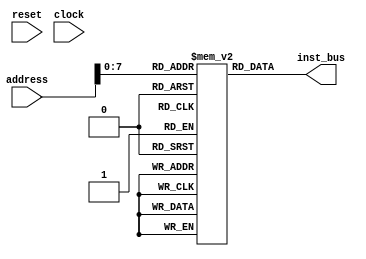
module inst_memory(inst_bus,address,reset,clock);
parameter memory_size=140;
output [31:0] inst_bus;
input [15:0]address;
input reset,clock;

reg [31:0] mem[memory_size-1:0];//declaring memory location,each 32 bits

assign   inst_bus = mem[address];

initial
begin
//	mem[0] = 16'b1111111111111111; 	//NOP
//	mem[1] = 16'b0011001000000001;	// store 128 to reg1														(LHI r1,128)
//	mem[2] = 16'b0011010000000010;	// store 256 to reg2														(LHI r2,256)
//	mem[3] = 16'b0000001010011000;	// add reg1, reg2 and store to reg3-->128+256=384				(ADD r1,r2,r3)
//	mem[4] = 16'b0000010011011000;	// add reg2, reg3 and store to reg3-->256+384=640				(ADD r2,r3,r3) # See the dependency with previous Inst
//	mem[5] = 16'b0001011100000001;	// add immediate reg3 with 1 and store to reg4-->640+1=641 	(ADI r3,r4,1)


//	mem[0] = 32'hFFFFFFFF;	//NOP
//	mem[1] = 32'b0011_010_000_000_001_0011_001_000_000_010;	// store 128 to reg1	(LHI r1,128) store 128 to reg2 (LHI r2,128)												
//	mem[2] = 32'b1100_001_101_000_111_0000_010_010_101_000;	// Branch if [reg1] == [reg2] to PC+Immediate=7+2 		(BEQ r1,r2,2) # It will jump to 5th location , 2cycles will be wasted
//	// (ADD r1,r2,r3) # Will not be executed
//	mem[3] = 32'b0011_010_000_000001_0011_001_000_000001;
//	mem[4] = 32'b0011_010_000_000001_0011_001_000_000001;
//	mem[9] = 32'b0000_001_010_011_000_0000_001_010_100_000;	// (ADD r1,r2,r3) [r1]=128, [r2]=128 [r3]=128+128=256

//	mem[0] = 32'hFFFFFFFF;	//NOP
//	mem[1] = 32'b0100_111_010_000_000_0100_111_001_000_000;	// store 128 to reg1	(LHI r1,128) store 128 to reg2 (LHI r2,128)												
//	mem[2] = 32'b1100_001_010_000_111_0000_010_010_101_000;	// Branch if [reg1] == [reg2] to PC+Immediate=7+2 		(BEQ r1,r2,2) # It will jump to 5th location , 2cycles will be wasted
//	// (ADD r1,r2,r3) # Will not be executed
//	mem[3] = 32'b0011_010_000_000001_0011_001_000_000001;
//	mem[4] = 32'b0011_010_000_000001_0011_001_000_000001;
//	mem[9] = 32'b0000_001_010_011_000_0000_001_010_100_000;	// (ADD r1,r2,r3) [r1]=128, [r2]=128 [r3]=128+128=256
//	mem[10] = 32'b0101_111_100_000_010_0101_111_011_000_001;
//	mem[16] = 32'b0100_111_101_000_001_0100_111_110_000_010;

//	mem[0] = 32'hFFFFFFFF;	//NOP
//	mem[1] = 32'b0100_111_010_000_000_0100_111_001_000_001;	// store 128 to reg1	(LHI r1,128) store 128 to reg2 (LHI r2,128)												
//	mem[2] = 32'b0000_001_011_101_000_0000_001_010_011_000;	// Branch if [reg1] == [reg2] to PC+Immediate=7+2 		(BEQ r1,r2,2) # It will jump to 5th location , 2cycles will be wasted
	// (ADD r1,r2,r3) # Will not be executed
//	mem[3] = 32'b0011_010_000_000001_0011_001_000_000001;
//	mem[4] = 32'b0011_010_000_000001_0011_001_000_000001;
//	mem[9] = 32'b0000_001_010_011_000_0000_001_010_100_000;	// (ADD r1,r2,r3) [r1]=128, [r2]=128 [r3]=128+128=256
//	mem[10] = 32'b0101_111_100_000_010_0101_111_011_000_001;
//	mem[16] = 32'b0100_111_101_000_001_0100_111_110_000_010;
	

//	mem[0] = 16'b1111111111111111;	//NOP
//	mem[1] = 16'b0011001000000001;	// store 128 to reg1												(LHI r1,128)
//	mem[2] = 16'b0011010000000001;	// store 128 to reg2												(LHI r2,128)
//	mem[3] = 16'b1001101001000000;	// Jump to address in reg1 and store PC+1 in reg5 
//	mem[4] = 16'b0000001101011000;	// r3<--r1+r5  [r3]=128+4=132
//	mem[5] = 16'b0000011010100000;	// r4<--r3+r2	[r4]=132+128=260
//	mem[128] = 16'b0000001010011000;	// (ADD r1,r2,r3)															[r3]=128+128=256
//	mem[129] = 16'b0000001011100000;	// (ADD r1,r3,r4)															[r4]=256+128=384
//	mem[130] = 16'b0001011111000100;	// add immediate reg3 with 4 and store to reg7-->256+4=260 	(ADI r3,r7,4)
//	mem[131] = 16'b1001110101000000;	// Jump to address in reg5 and store PC+1 in reg6 #like we are returming 
//
////	mem[0] = 16'b1111111111111111;
////	mem[1] = 16'b0011001000000001;
////	mem[2] = 16'b0011010000000001;
////	mem[3] = 16'b1000101001111101;
////	mem[4] = 16'b0000001010011000;
////	mem[5] = 16'b0000001010011000;
////	mem[128] = 16'b0000001010011000;
////	mem[129] = 16'b0000001010011000;
////	mem[130] = 16'b0001011111000100;
////	mem[131] = 16'b1001110101000000;
//
//
//	mem[0] = 32'hFFFFFFFF;
//	mem[1] = 32'b0000_000_000_001_000_0011_000_000_000_010;
//	mem[2] = 32'b0000_010_010_011_000_0011_010_000_000_001;
//	mem[3] = 32'b0000_100_011_101_000_0000_001_011_100_000;
	
	
	mem[0] = 32'hFFFFFFFF;	//NOP
	mem[1] = 32'b0100_111_010_000_000_0100_111_001_000_001;	
	mem[2] = 32'b0100_111_011_000_010_0101_111_001_000_010;
end

endmodule